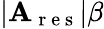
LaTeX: |\mathbf{A}_{\mathrm{{~r~e~s~}}}|\beta